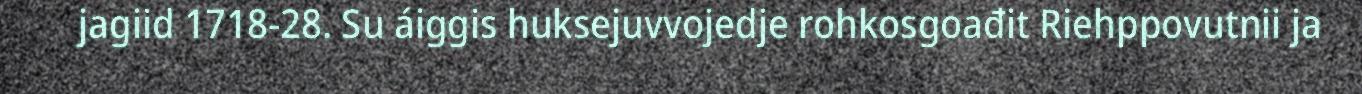
jagiid 1718-28. Su áiggis huksejuvvojedje rohkosgoađit Riehppovutnii ja